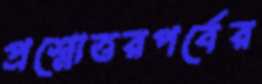
প্রশ্নোত্তরপর্বের